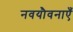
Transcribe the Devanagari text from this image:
नवयौवनाएँ